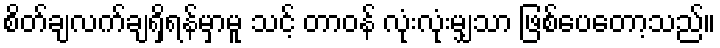
စိတ်ချလက်ချရှိရန်မှာမူ သင့် တာဝန် လုံးလုံးမျှသာ ဖြစ်ပေတော့သည်။